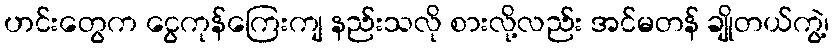
ဟင်းတွေက ငွေကုန်ကြေးကျ နည်းသလို စားလို့လည်း အင်မတန် ချိုတယ်ကွဲ့၊